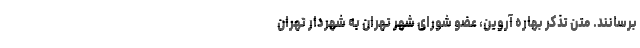
برسانند. متن تذکر بهاره آروین، عضو شورای شهر تهران به شهردار تهران